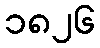
၁၈၂၆